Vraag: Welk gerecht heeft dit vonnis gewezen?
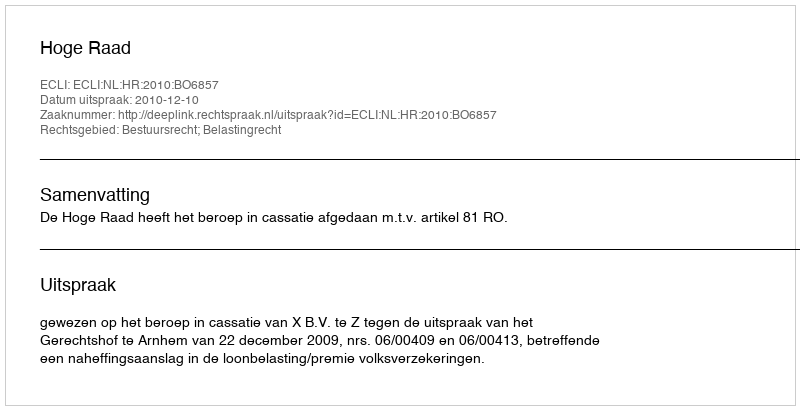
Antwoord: Hoge Raad